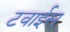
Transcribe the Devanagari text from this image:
टवाईस